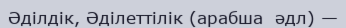
Әділдік, Әділеттілік (арабша  әдл) —